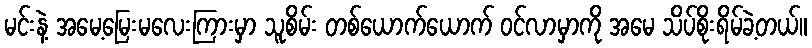
မင်းနဲ့ အမေ့မြေးမလေးကြားမှာ သူစိမ်း တစ်ယောက်ယောက် ဝင်လာမှာကို အမေ သိပ်စိုးရိမ်ခဲ့တယ်။